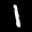
Label: 1